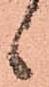
候